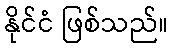
နိုင်ငံ ဖြစ်သည်။